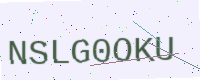
Text: NSLG0OKU